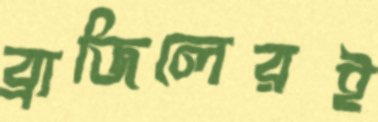
ব্রাজিলেরই